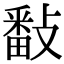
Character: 𢿥